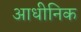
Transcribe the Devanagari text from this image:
आधीनिक